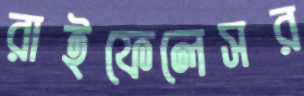
রাইফেলেসর